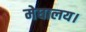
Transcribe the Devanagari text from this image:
मेघालय।